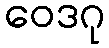
ဝေဒဂု